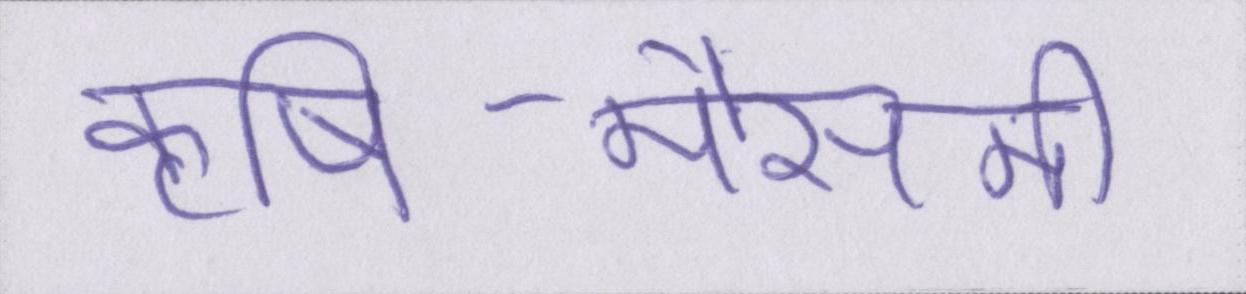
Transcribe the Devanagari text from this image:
कृषि-मौसमी